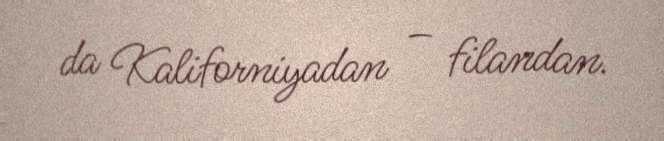
da Kaliforniyadan – filandan.